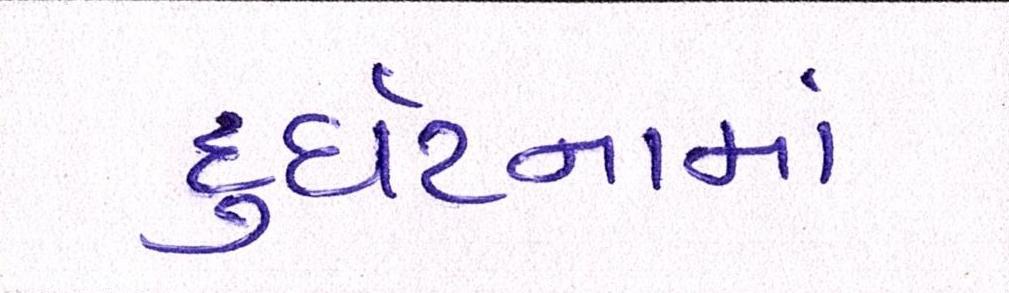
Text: દુર્ઘટનામાં